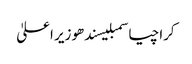
کراچیاسمبلیسندھوزیر اعلیٰ